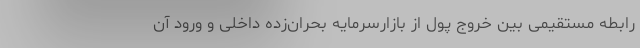
رابطه مستقیمی بین خروج پول از بازارسرمایه بحران‌زده داخلی و ورود آن